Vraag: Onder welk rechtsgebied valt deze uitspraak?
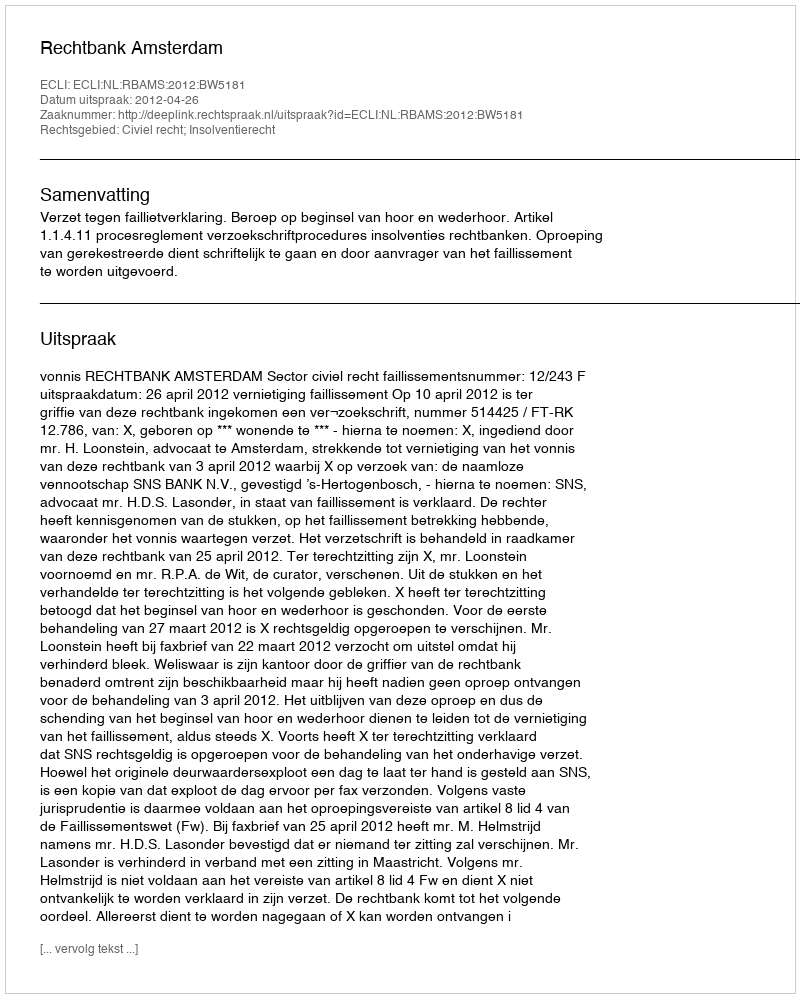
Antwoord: Civiel recht; Insolventierecht